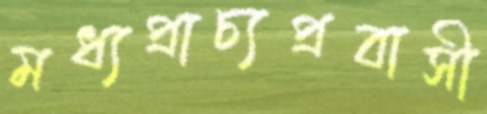
মধ্যপ্রাচ্যপ্রবাসী